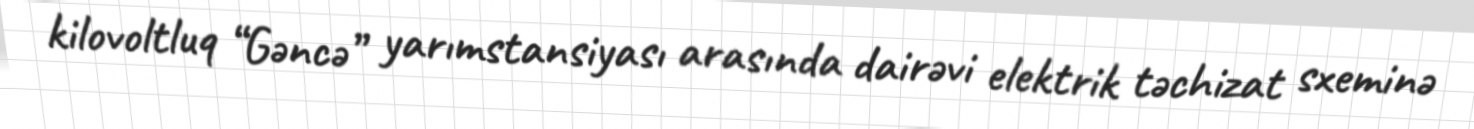
kilovoltluq “Gəncə” yarımstansiyası arasında dairəvi elektrik təchizat sxeminə